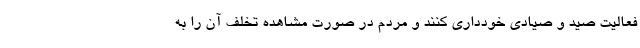
فعالیت صید و صیادی خودداری کنند و مردم در صورت مشاهده تخلف آن را به